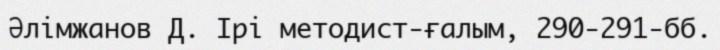
Әлімжанов Д. Ірі методист-ғалым, 290-291-бб.